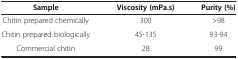
<table><thead><tr><td><b>Sample</b></td><td><b>Viscosity (mPa.s)</b></td><td><b>Purity (%)</b></td></tr></thead><tbody><tr><td>Chitin prepared chemically</td><td>300</td><td>&gt;98</td></tr><tr><td>Chitin prepared biologically</td><td>45-135</td><td>93-94</td></tr><tr><td>Commercial chitin</td><td>28</td><td>99</td></tr></tbody></table>